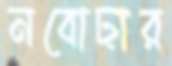
নবোঢ়ার